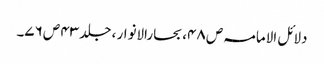
دلائل الامامہ ص ۴۸، بحارالانوار ، جلد ۴۳ ص ۷۶۔